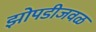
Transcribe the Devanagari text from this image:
झोपडीजवळ